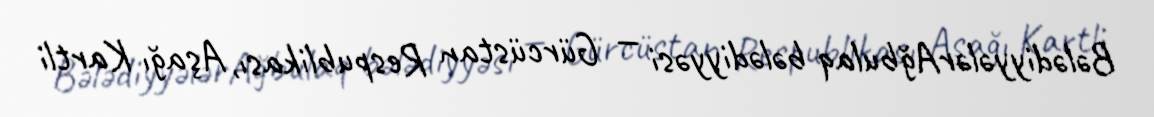
BələdiyyələrAğbulaq bələdiyyəsi — Gürcüstan Respublikası, Aşağı Kartli